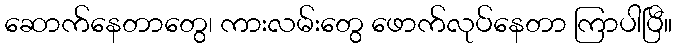
ဆောက်နေတာတွေ၊ ကားလမ်းတွေ ဖောက်လုပ်နေတာ ကြာပါပြီ။